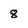
Character: 8